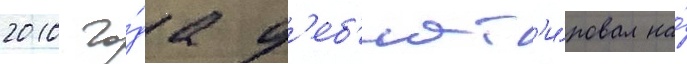
2010 го́да д'еб'ют'и́ровал на́